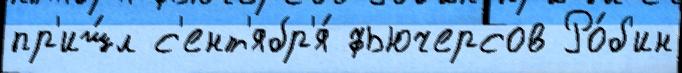
пр'иш́л с'ент'ябр'я́ фьючерсов Ро́б'ин